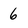
Character: 6